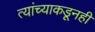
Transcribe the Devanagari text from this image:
त्यांच्याकडूनही